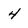
Character: 4